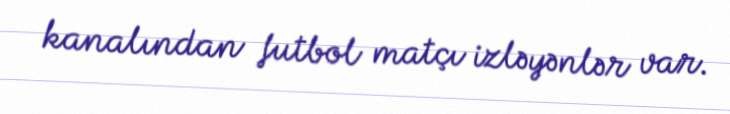
kanalından futbol matçı izləyənlər var.